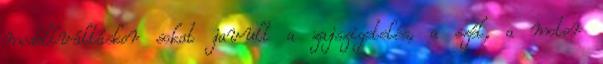
modellváltáskor sokat javult a zajszigetelés, a szél, a motor